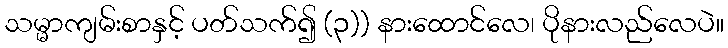
သမ္မာကျမ်းစာနှင့် ပတ်သက်၍ (၃)) နားထောင်လေ၊ ပိုနားလည်လေပဲ။